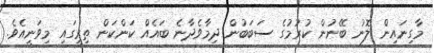
މާގިނައިން ލޮނު ބޭނުން ކުރުމުގެ ސަބަބުން ދިމާވެދާނެ ބައެއް ކަންކަން ތިރީގައި މިވަނީއެވެ.